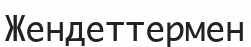
Жендеттермен